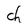
Character: d